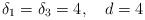
LaTeX: \begin{align*}\delta_1 = \delta_3 = 4, \quad d = 4\end{align*}